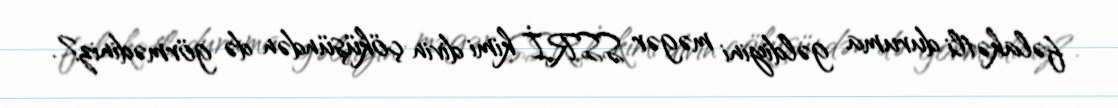
fəlakətli duruma gəldiyini məgər SSRİ kimi divin çöküşündən də görmədiniz?.